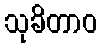
သုခိတာဝ